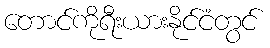
တောင်ကိုရီးယားနိုင်ငံတွင်